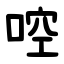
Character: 啌